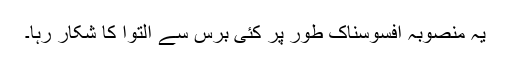
یہ منصوبہ افسوسناک طور پر کئی برس سے التوا کا شکار رہا۔